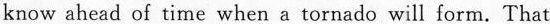
know ahead of time when a tornado will form. That